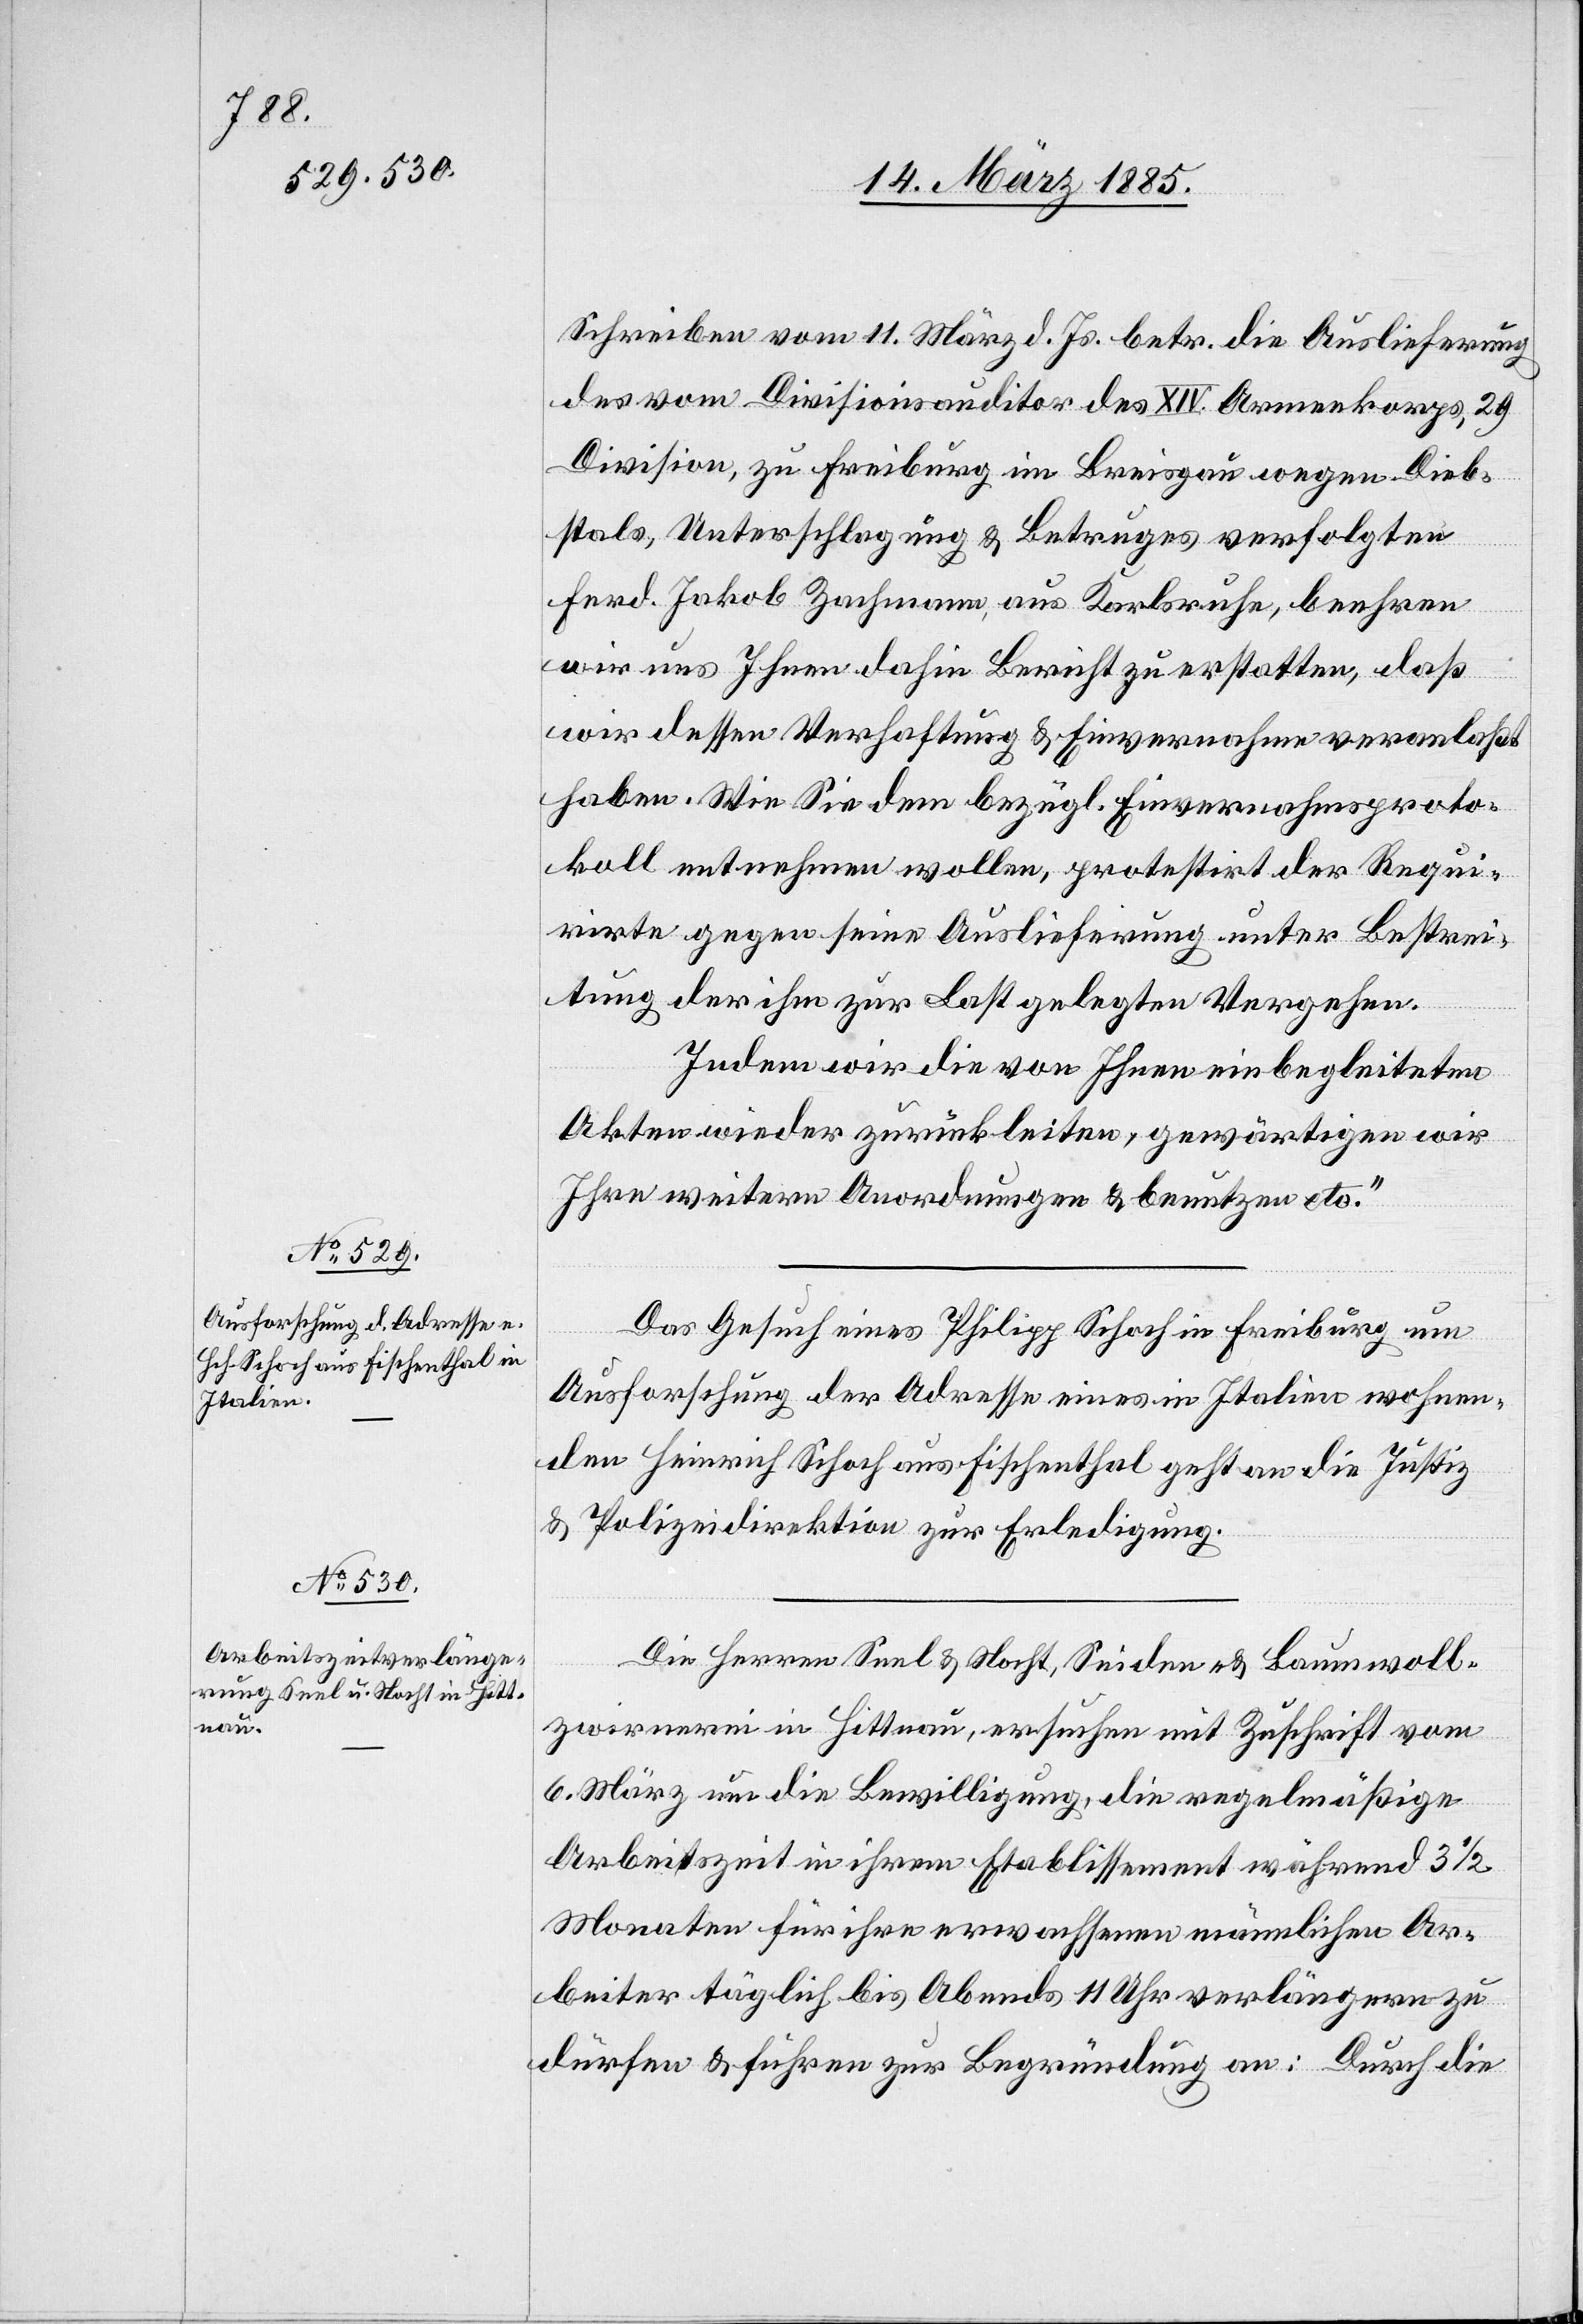
16. März 1885.]
Schreiben vom 11. März d. Js. betr. die Auslieferung
des vom Divisionsauditor des XIV. Armeekorps, 29[.]
Division, zu Freiburg im Breisgau wegen Dieb¬
stals, Unterschlagung & Betruges verfolgten
Ferd. Jakob Zachmann, aus Karlsruhe, beehren
wir uns Ihnen dahin Bericht zu erstatten, daß
wir dessen Verhaftung & Einvernahme veranlaßt
haben. Wie Sie dem bezügl. Einvernahmsproto¬
koll entnehmen wollen, protestirt der Requi¬
rirte gegen seine Auslieferung unter Bestrei¬
tung der ihm zur Last gelegten Vergehen.
Indem wir die von Ihnen einbegleiteten
Akten wieder zurückleiten, gewärtigen wir
Ihre weitern Anordnungen & benutzen etc.“
Das Gesuch eines Philipp Schoch in Freiburg um
Ausforschung der Adresse eines in Italien wohnen¬
den Heinrich Schoch aus Fischenthal geht an die Justiz-
& Polizeidirektion zur Erledigung.
Die Herren Seel & Nocht, Seiden- & Baumwoll¬
zwirnerei in Hittnau, ersuchen mit Zuschrift vom
6. März um die Bewilligung, die regelmäßige
Arbeitszeit in ihrem Etablissement während 3 1/2
Monaten für ihre erwachsenen männlichen Ar¬
beiter täglich bis Abends 11 Uhr verlängern zu
dürfen & führen zur Begründung an: Durch die